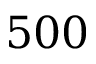
5 0 0